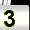
Digit: 3